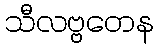
သီလဗ္ဗတေန